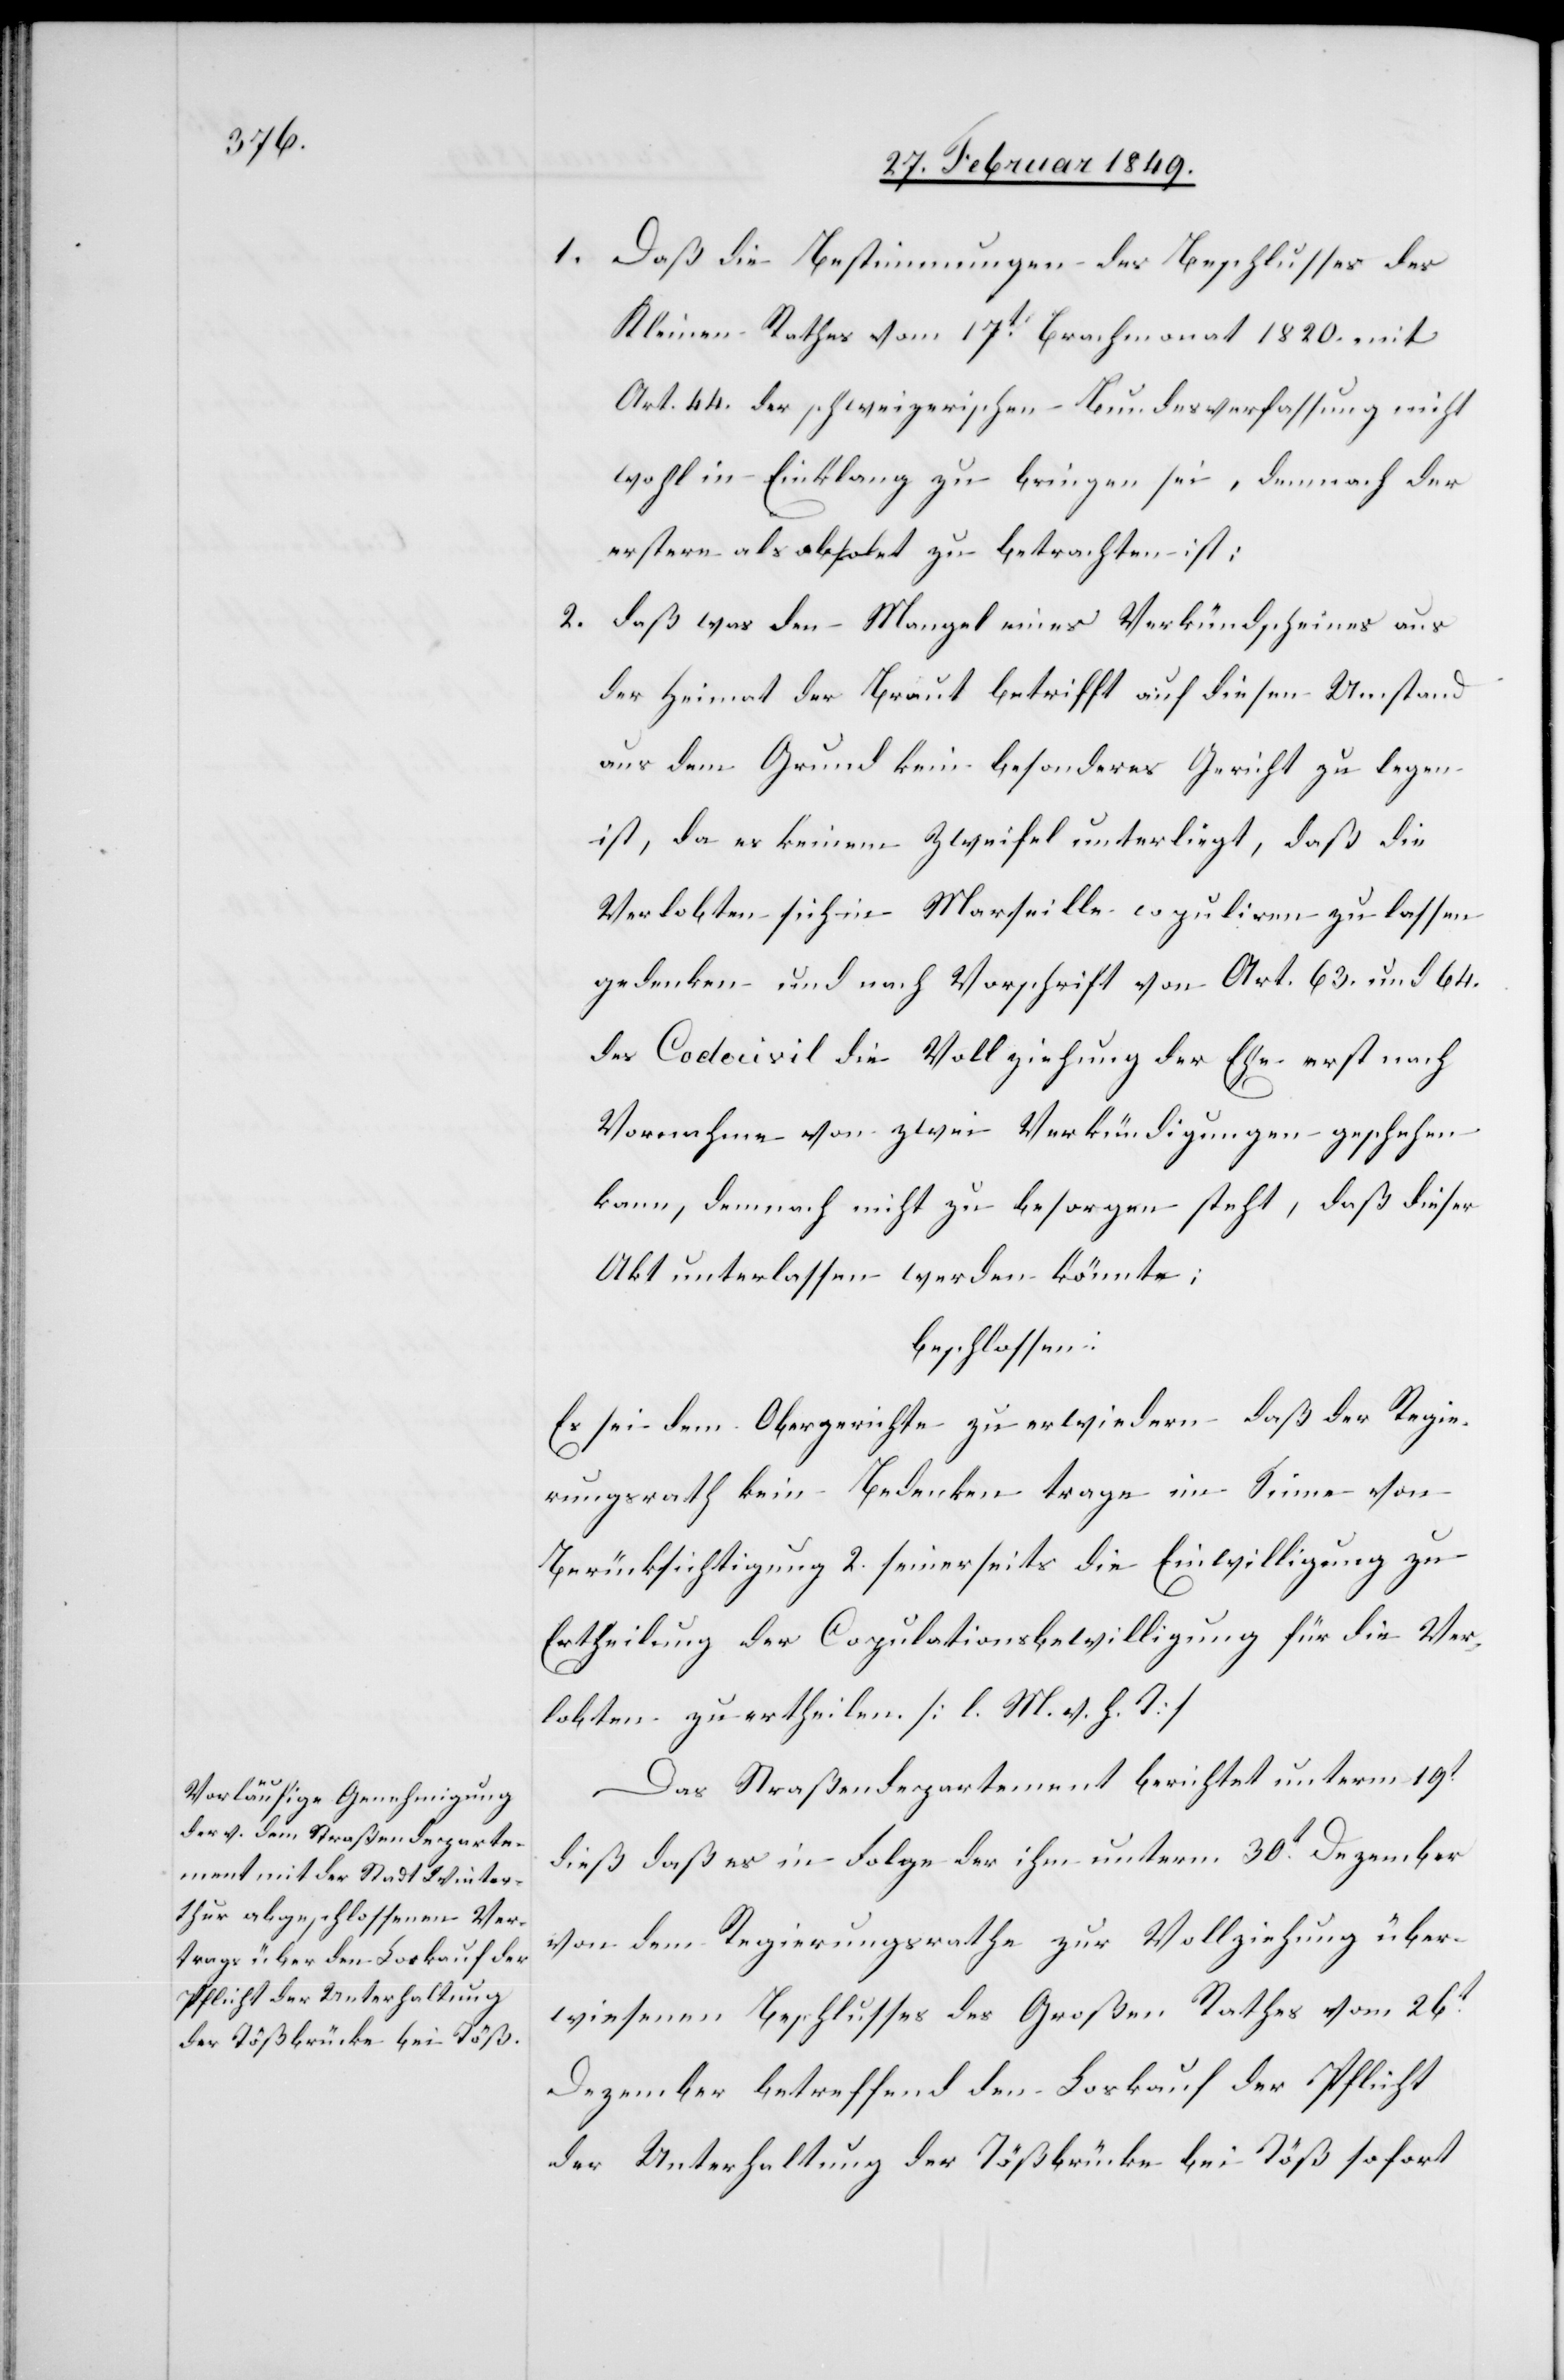
1. Daß die Bestimmungen des Beschlusses des
Kleinen Rathes vom 17t. Brachmonat 1820. mit
Art. 44. der schweizerischen Bundesverfassung nicht
wohl in Einklang zu bringen sei [sic!], demnach der
erstere als obsolet zu betrachten ist;
2. daß was den Mangel eines Verkündscheines aus
der Heimat der Braut betrifft auf diesen Umstand
aus dem Grund kein besonderes Gericht [recte:
ist, da es keinem Zweifel unterliegt, daß die
Verlobten sich in Marseille copuliren zu lassen
gedenken und nach Vorschrift von Art. 63. und 64.
des Codecivil die Vollziehung der Ehe erst nach
Vornahme von zwei Verkündigungen geschehen
kann, demnach nicht zu besorgen steht, daß dieser
Akt unterlassen werden könnte;
beschlossen:
Es sei dem Obergerichte zu erwiedern daß der Regie¬
rungsrath kein Bedenken trage im Sinne von
Berücksichtigung 2. seinerseits die Einwilligung zu
Ertheilung der Copulationsbewilligung für die Ver¬
lobten zu ertheilen. [l. M. v. h. T]
Das Straßendepartement berichtet unterm 19t.
dieß daß es in Folge der [sic!] ihm unterm 30t. Dezember
von dem Regierungsrathe zur Vollziehung über¬
wiesenen Beschlusses des Großen Rathes vom 26t.
Dezember betreffend den Loskauf der Pflicht
der Unterhaltung der Tößbrücke bei Töß sofort